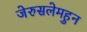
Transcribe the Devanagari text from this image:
जेरुसलेमहुन